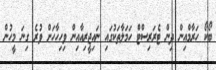
ބޯކޯ ހަރާމްއިން ދިން ޓެރަރިސްޓް ހަމަލާތަކުގައި ނައިޖީރިއާއިން ވިހިހާހަށް ވުރެ ގިނަ މީހުން